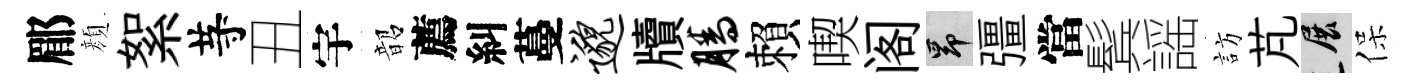
郿顔絮䒭丑宇韶薦糾蔓邈牘腾賴喫阁昂彊當鬂謡訪芃展保